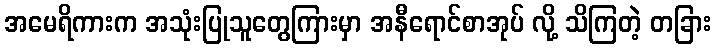
အမေရိကားက အသုံးပြုသူတွေကြားမှာ အနီရောင်စာအုပ် လို့ သိကြတဲ့ တခြား